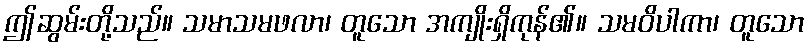
ဤဆွမ်းတို့သည်။ သမာသမဖလာ၊ တူသော အကျိုးရှိကုန်၏။ သမဝိပါကာ၊ တူသော